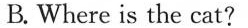
B. Where is the cat?